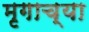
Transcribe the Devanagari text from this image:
मृगाच्या